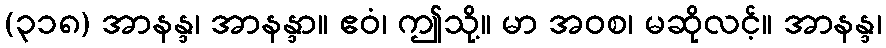
(၃၁၈) အာနန္ဒ၊ အာနန္ဒာ။ ဧဝံ၊ ဤသို့။ မာ အဝစ၊ မဆိုလင့်။ အာနန္ဒ၊